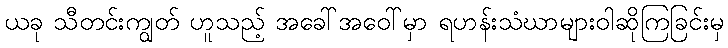
ယခု သီတင်းကျွတ် ဟူသည့် အခေါ်အဝေါ်မှာ ရဟန်းသံဃာများဝါဆိုကြခြင်းမှ